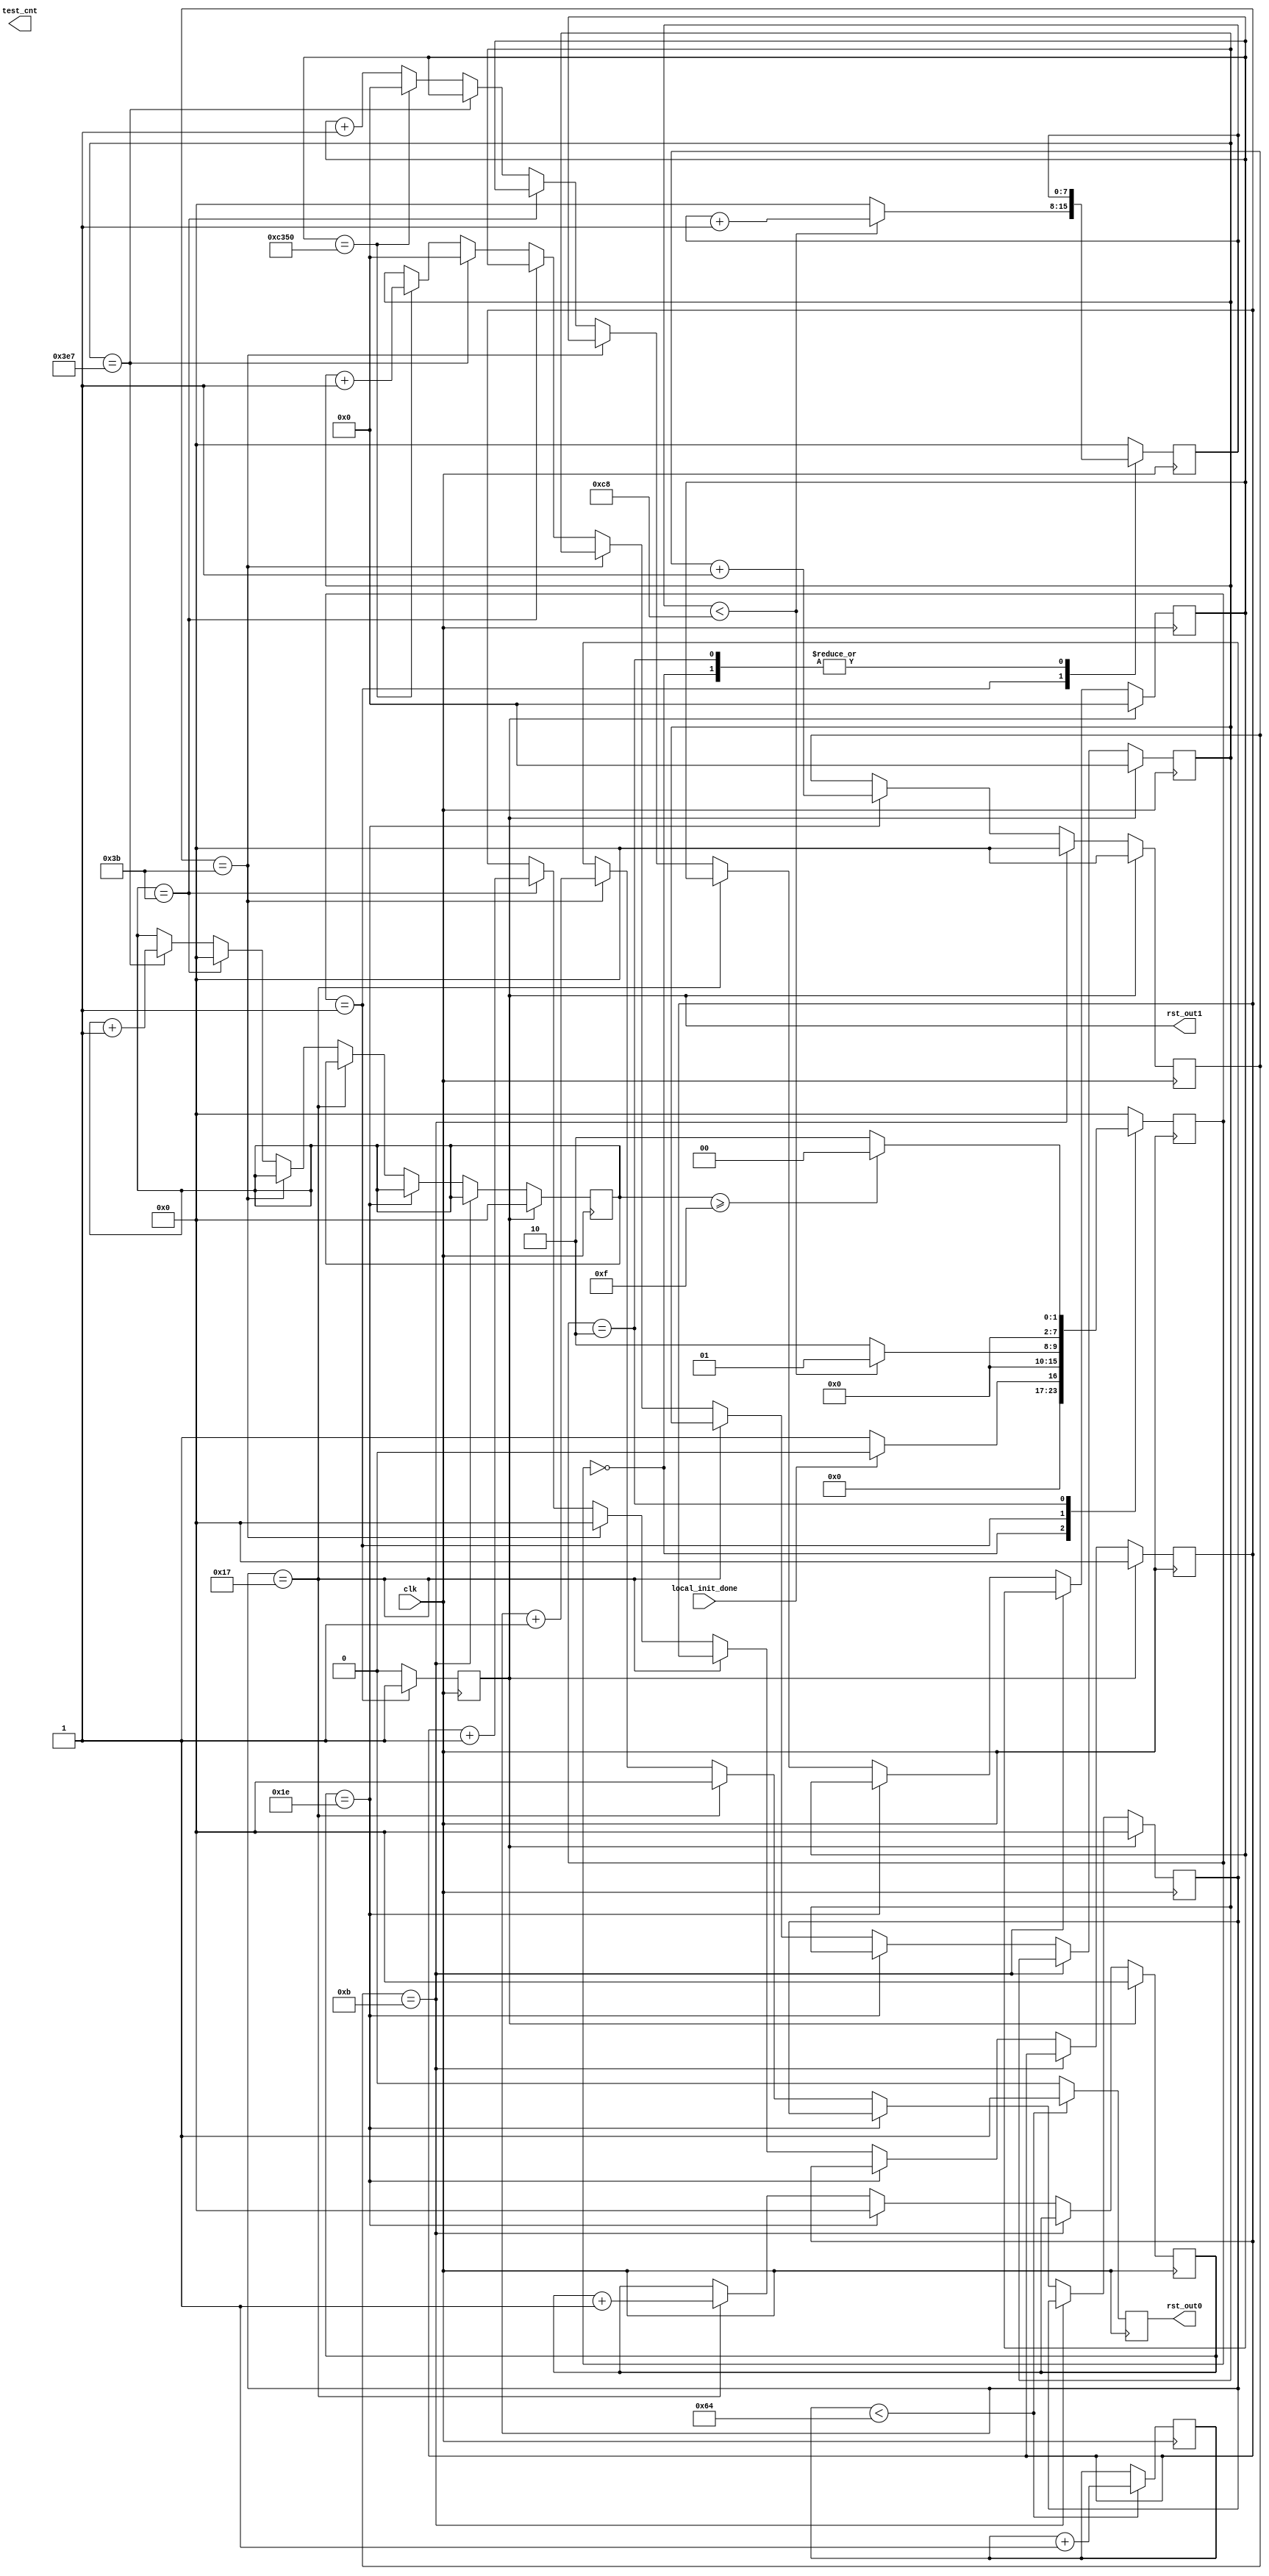
module sys_rst(
///////////CLKIN//////////////////
		input  clk,
		input  local_init_done,
		
		output  reg			rst_out0,
	   output  reg		   rst_out1,
		output  reg[15:0]    test_cnt);

 reg	[7:0] rst_cnt,rst_cnt_ddr = 0;
//(* syn_preserve = 1 *) reg  [15:0]test_cnt;
 
	always @(posedge clk)begin
		if (rst_cnt < 100)  begin
			rst_cnt <=rst_cnt + 1;
			rst_out0 <= 1'b1;
		end
		else begin
			rst_out0 <= 1'b0;
		end
	end

//reg rst_timer=1;
//	always @(posedge clk)begin
//		if (rst_cnt_ddr < 100)  begin
//			rst_out1 <=1;
//			rst_timer<=1;
//		end
//		else if((msecond_r==1)&(!local_init_done))
//		else begin
//			rst_out1 <= 1'b0;
//			rst_cnt_ddr <= 1'b0;
//		end
//		if(rst_cnt_ddr < 100)rst_cnt_ddr<=rst_cnt_ddr+1;
//		else rst_cnt_ddr<=rst_cnt_ddr;
//	end
//	
//	always @(posedge clk)begin
//		test_cnt<=test_cnt+1;
//		end

(*syn_preserve = 1*)reg [7:0]ddr_rst_state;

always@(posedge clk)
	begin
		case(ddr_rst_state)
				0:begin
					if(!local_init_done)ddr_rst_state<=1;
					else ddr_rst_state<=0;
					rst_out1 <=0;end
				1:begin
					if(rst_cnt_ddr < 200)
						begin
							rst_cnt_ddr<=rst_cnt_ddr+1;
							ddr_rst_state<=1;
						end
					else
						begin
							rst_cnt_ddr<=0;
							ddr_rst_state<=2;
						end
					rst_out1 <=1;
					end
				2:begin
					if(second_r>=15)ddr_rst_state<=0;
					else ddr_rst_state<=2;
					rst_out1 <=0;
					end	
				default:begin
							ddr_rst_state<=0;
							rst_out1 <=0;
							rst_cnt_ddr<=0;
						end
		endcase	
	end		
	
	 //produce time message
 reg [15:0]timecnt;
 reg [7:0]year_r,month_r,day_r,hour_r,minute_r,second_r;
 reg [15:0]msecond_r;
 always @(posedge clk)
	begin
		if(rst_out1)
			begin
				year_r	<=0;
				month_r	<=0;
				day_r		<=0;
				hour_r	<=0;
				minute_r	<=0;
				second_r	<=0;
				msecond_r<=0;
				timecnt	<=0;
			end
		else
			begin
				if(month_r==11)
					begin
						month_r<=0;
						year_r <=year_r+1;
					end
				else
					begin
						year_r <=year_r;
						if(day_r==30)
							begin
								day_r<=0;
								month_r<=month_r+1;
							end
						else
							begin
								month_r<=month_r;
								if(hour_r==23)
									begin
										day_r<=day_r+1;
										hour_r<=0;
									end
								else
									begin
										day_r<=day_r;
										if(minute_r==59)
											begin
												hour_r<=hour_r+1;
												minute_r<=0;
											end
										else
											begin
												hour_r<=hour_r;
												if(second_r==59)
													begin
														minute_r<=minute_r+1;
														second_r<=0;
													end
												else
													begin
														minute_r<=minute_r;
														if(msecond_r==999)
															begin
																second_r<=second_r+1;
																msecond_r<=0;
															end
														else
															begin
																second_r<=second_r;//50_000*20ns=1ms--50Mhz clock
																if(timecnt==50_000)
																	begin
																		timecnt<=0;
																		msecond_r<=msecond_r+1;
																	end
																else
																	begin
																		msecond_r<=msecond_r;
																		timecnt<=timecnt+1;
																	end
															end
													end
											end
									end
							end
					end
			end
	end
endmodule